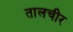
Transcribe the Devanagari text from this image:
तालचीर